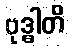
ဗုဒ္ဓါတိ